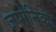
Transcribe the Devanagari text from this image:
जपोनिका